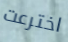
اخترعت